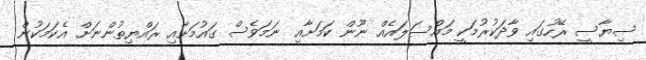
ސިޔާސީ ރޭހުގައި ވާދަކުރުމަކީ މައްސަލައެއް ނޫން ކަމަށާއި ނަމަވެސް ގައުމަށާއި ރައްޔިތުންނަށް އެކަމަކުން